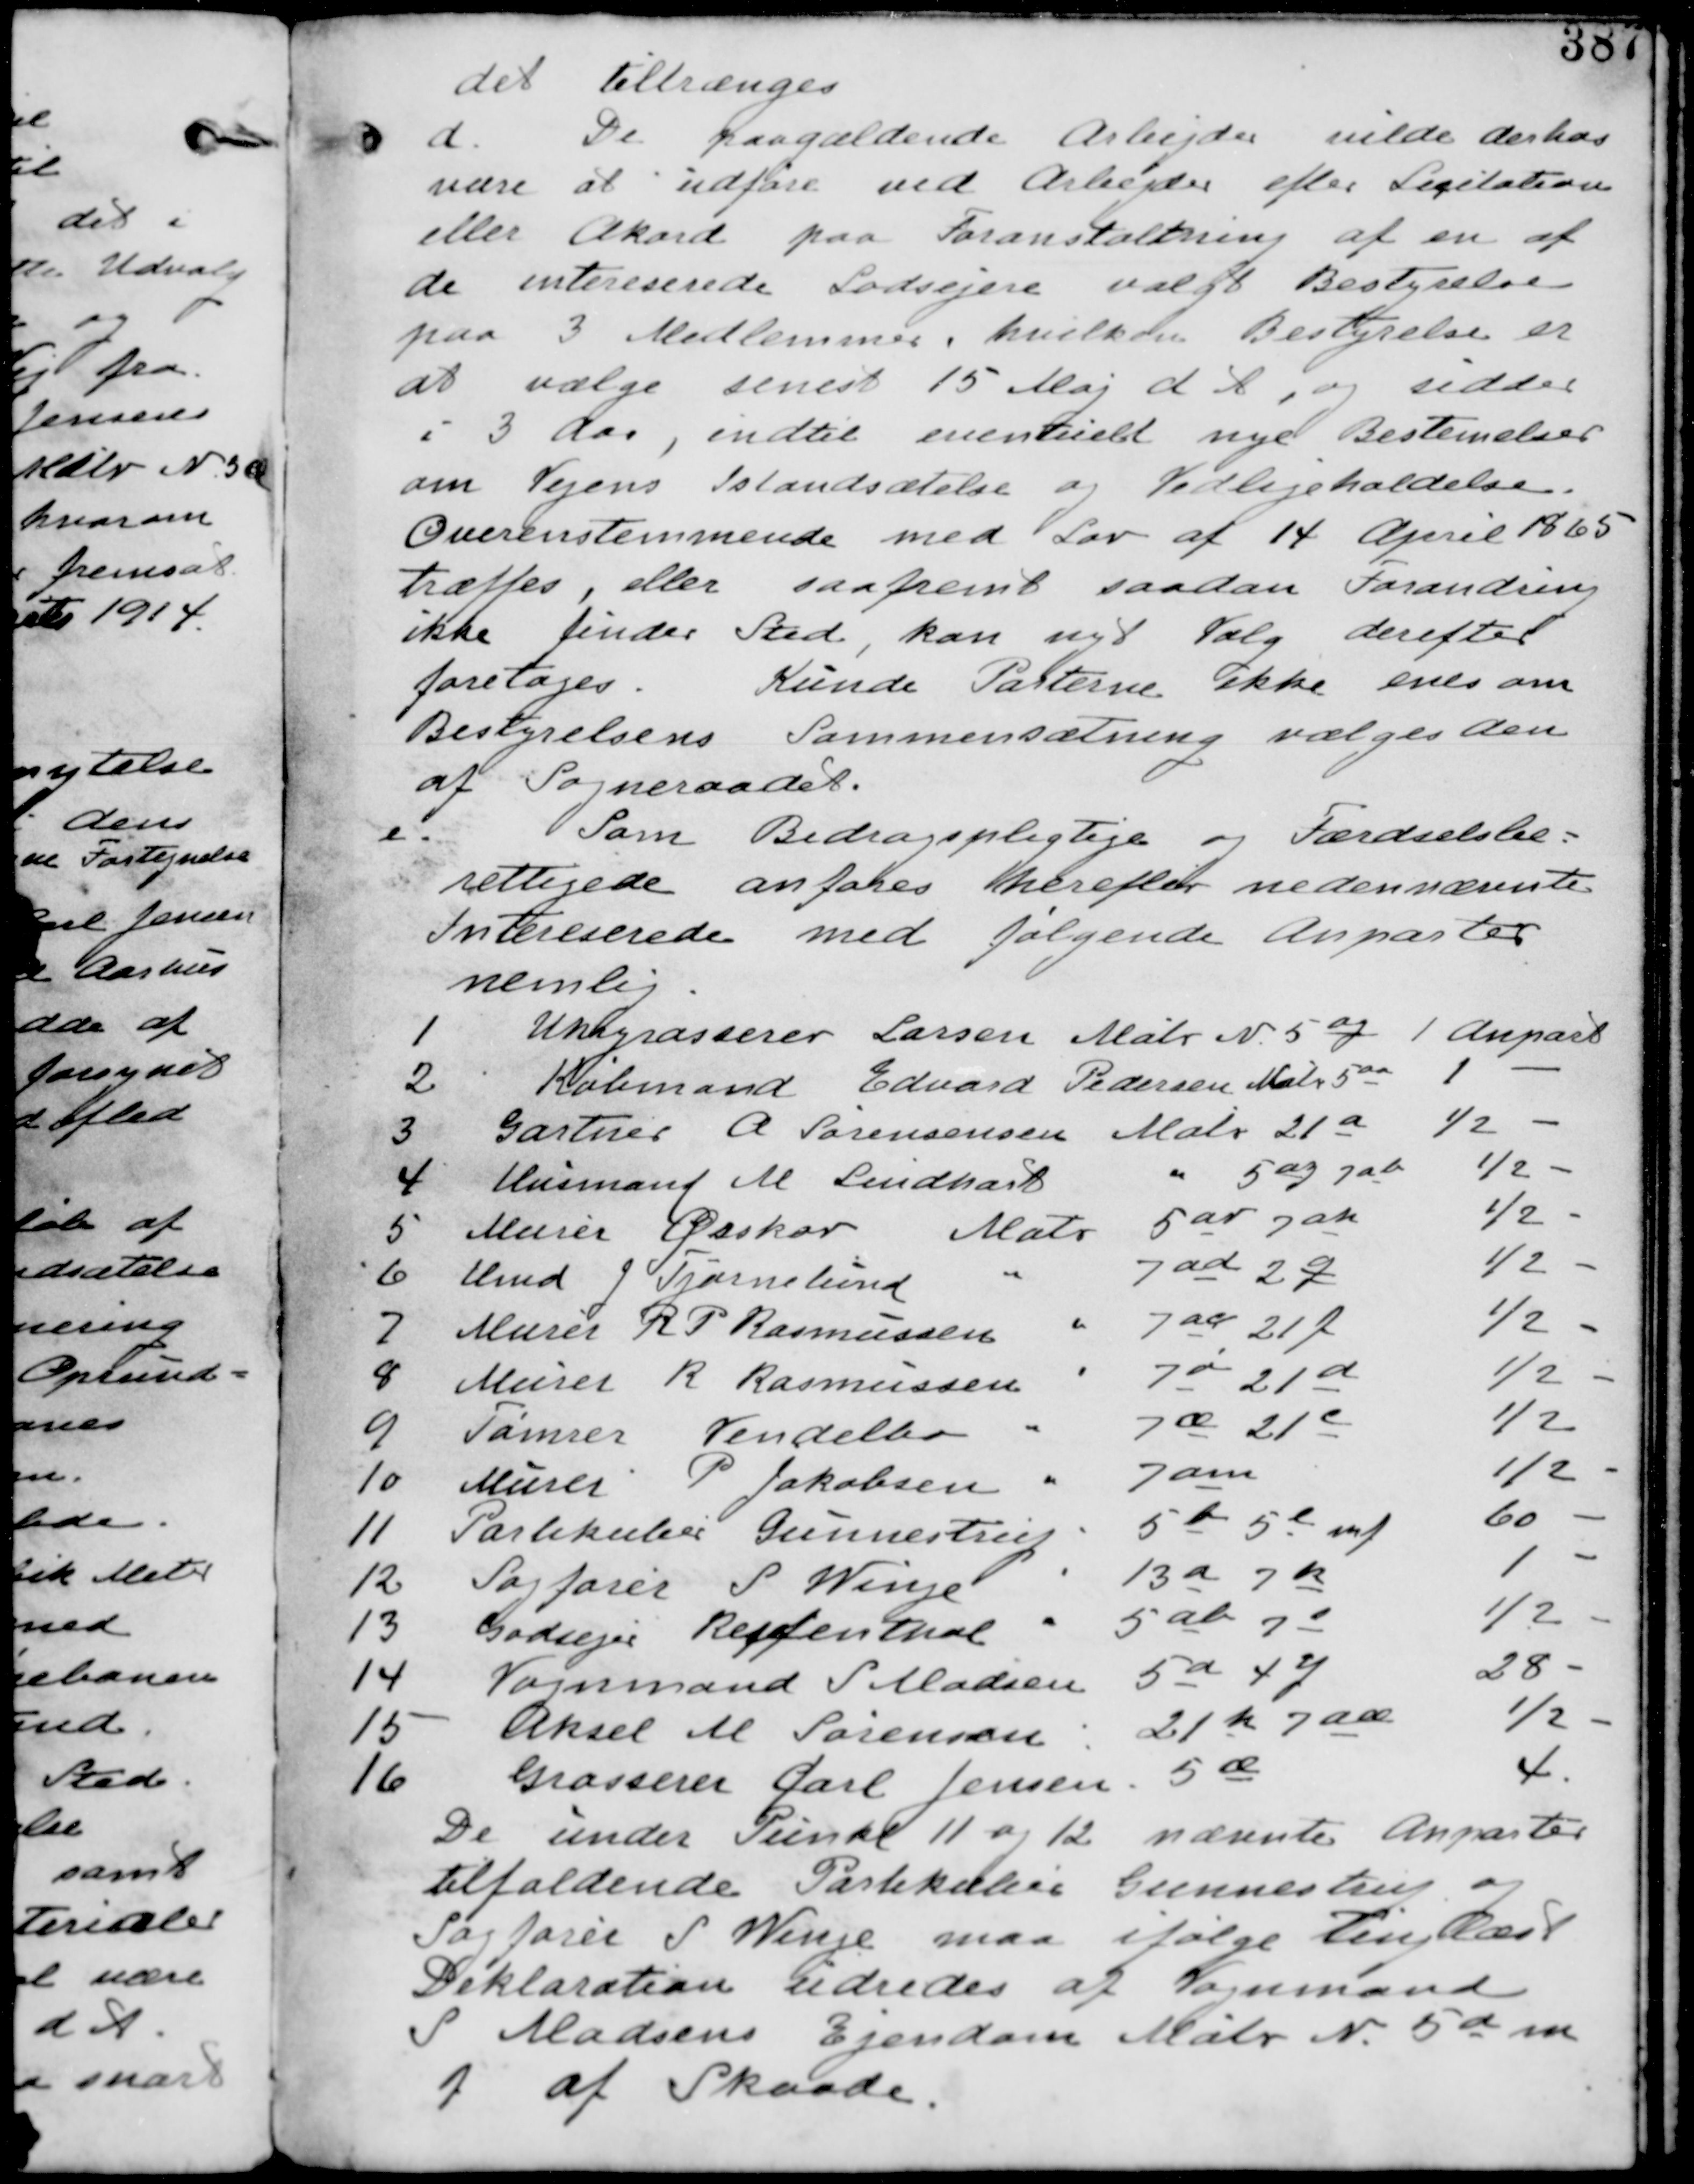
Transskription:
det tiltrænges

d.
De paagældende Arbejder elde derhos
være at udføre ved Arbejder efter Ligitation
eller Skord paa Foranstaltning af en af
de intereserede Lodsejere valgt Bestyrelse
paa 3 Medlemmer heorlader Bestyrelse er
at vælge senest 15 Maj d A, og sidder
i 3 Aar, indtil eveentuelt nye Bestemelser
om Vejens Istandsætelse og Vejlligeholdelse.
Overenstemmende med Lov af 14 April 1865
træffes, eller saafremt saadan Forandring
ikke finder Sted, kan nyt Valg derefter
foretages.
Kunde Parterne ikke enes om
Bestyrelsens Sammensætning vælges den
af Sogneraadet.

e.
Som Bidragspligtige og Færdselsbe-
rettigede anføres herefter nedennævnnte
Intereserede med følgende Anparter
nemlig.

1
Unegrasserer Larsen Matr N. 5ag 1 Anpart
2
Købmand Edvard Pedersen Matr 5ar 1 -
3
Gartner A Sørensensen Malr 21a ½ -
4 Husmand M Lindhart " 5az 7ab ½ -
5 Murer Øsskær Matr 5ar 7ak ½ -
6
Hmd J Tjørnelund " 7ad 2g ½ -
7
Murer R P Rasmussen " 7au 21f ½ -
8
Murer R Rasmussen " 7ø 21d ½ -
9
Tømrer Vendelbo " 7æ 21c ½
10.
Murer P. Jakobsen " 7am ½ -
11
Partikulier Gunnestrup " 5t 5l mf 60 -
12
Sagfører P Winge " 13a 7k 1 -
13.
Godsejer Reffenthal " 5ab 7s ½ -
14
Vognmand Pladsen 5d 4y 28 -
15
Aksel M Sørensen : 21k 7aæ ½ -
16
Grosserer Carl Jensen. 5æ 4.

De under Punkt 11 og 12 nævnte Anparter
tilfaldende Partikulier Gunnestrup og
Sagfører P Winge maa ifølge Tinglæst
Deklaration udredes af Vognmand
P Madsens Ejendom Matr N. 5d m
af Skaade